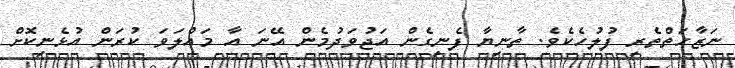
ނަޒާހަތްތެރި ފުލުހެކެވެ. ތާނިޔާ ފެނިގެން އަޖުވަދުމެން އޭނަ އާ މައްލަވަ ކުރަން އުޅެނިކޮށް